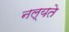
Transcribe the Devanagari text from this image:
नल्यते